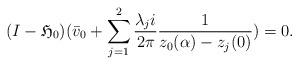
LaTeX: \begin{align*}(I-\mathfrak{H}_0)(\bar{v}_0+\sum_{j=1}^2 \frac{\lambda_j i}{2\pi}\frac{1}{z_0(\alpha)-z_j(0)})=0.\end{align*}